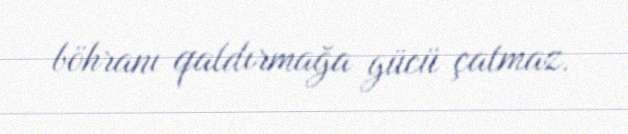
böhranı qaldırmağa gücü çatmaz.